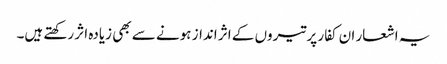
یہ اشعار ان کفار پر تیروں کے اثر انداز ہونے سے بھی زیادہ اثر رکھتے ہیں۔